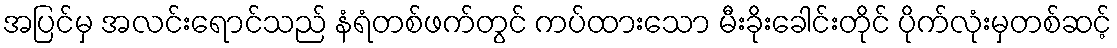
အပြင်မှ အလင်းရောင်သည် နံရံတစ်ဖက်တွင် ကပ်ထားသော မီးခိုးခေါင်းတိုင် ပိုက်လုံးမှတစ်ဆင့်